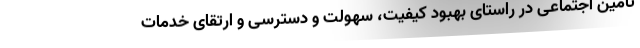
تامین اجتماعی در راستای بهبود کیفیت، سهولت و دسترسی و ارتقای خدمات